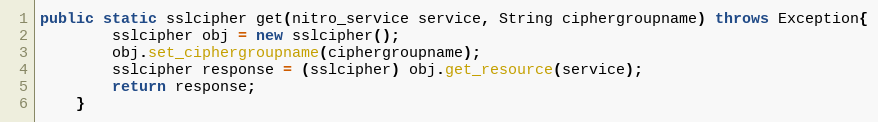
Language: Java
public static sslcipher get(nitro_service service, String ciphergroupname) throws Exception{
		sslcipher obj = new sslcipher();
		obj.set_ciphergroupname(ciphergroupname);
		sslcipher response = (sslcipher) obj.get_resource(service);
		return response;
	}